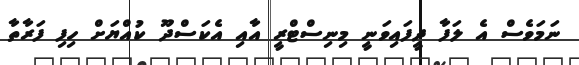
ނަމަވެސް އެ ލަފާ ދީފައިވަނީ މިނިސްޓްރީ އާއި އެކަސްދޫ ކުއްޔަށް ހިފި ފަރާތާ